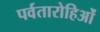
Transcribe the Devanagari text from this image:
पर्वतारोहिओं